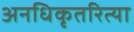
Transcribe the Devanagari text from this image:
अनधिकृतरित्या